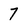
Character: 7